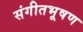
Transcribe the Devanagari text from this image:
संगीतभूषण